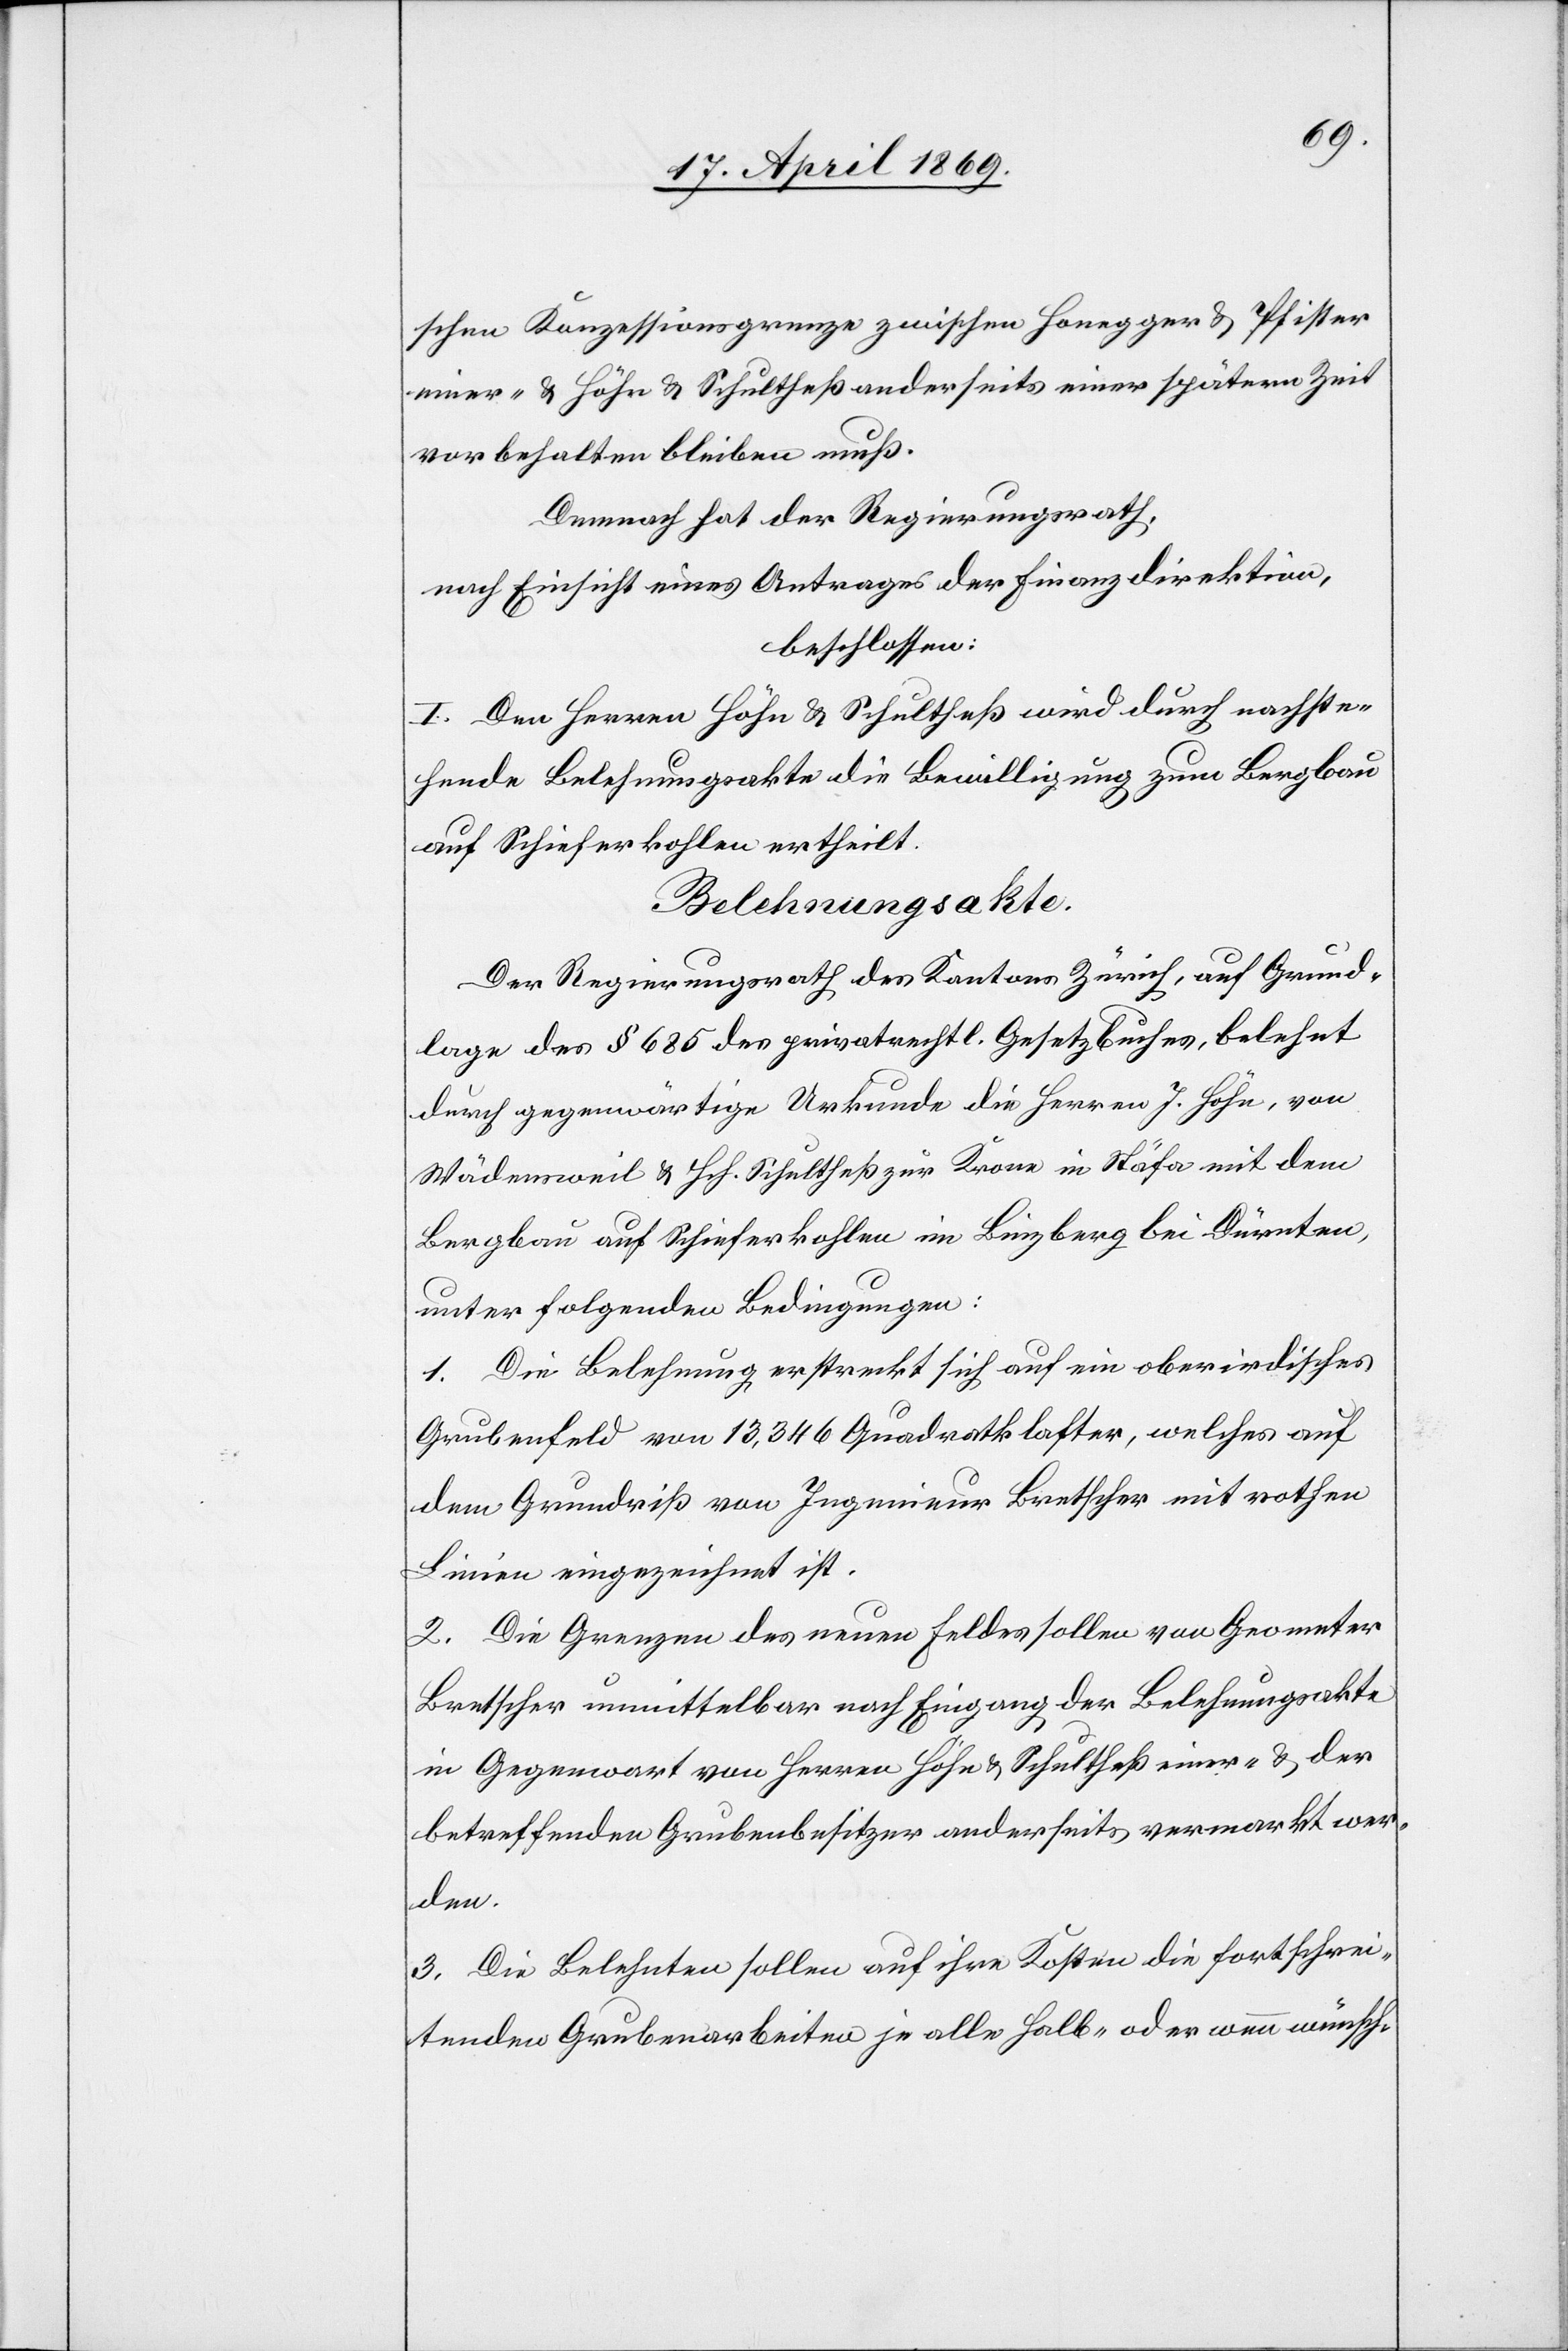
schen Konzessionsgrenze zwischen Honegger u Pfister
einer- u. Höhn u. Schultheß anderseits einer spätern Zeit
vorbehalten bleiben muß.
Demnach hat der Regierungsrath,
nach Einsicht eines Antrages der Finanzdirektion,
beschlossen:
I. Den Herren Höhn u. Schultheß wird durch nachste¬
hende Belehnungsakte die Bewiligung zum Bergbau
auf Schieferkohlen ertheilt.
Belehnungsakte.
Der Regierungsrath des Kantons Zürich, auf Grund¬
lage des § 685 des privatrechtl. Gesetzbuches, belehnt
durch gegenwärtige Urkunde die Herren J. Höhn, von
Wädensweil u. Hch. Schultheß zur Krone in Stäfa mit dem
Bergbau auf Schieferkohlen im Binzberg bei Dürnten,
unter folgenden Bedingungen:
1. Die Belehnung erstreckt sich auf ein oberirdisches
Grubenfeld von 13,346 Quadratklaster, welches auf
dem Grundriß von Ingenieur Bretschter mit rothen
Linien eingezeichnet ist.
2. Die Grenzen des neuen Feldes sollen von Grometer
Bretscher unmittelbar nach Eingang der Belehnungsakte
in Gegenwart von Herren Höhn u. Schultheß einer- u. der
betreffenden Grubenbesitzer anderseits vermerkt wer¬
den.
3. Die Belehnten sollen auf ihre Kosten die fortschrei¬
tenden Grubenarbeiten je alle Halb- oder wenn wünsch-